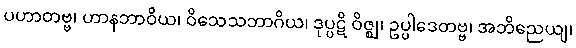
ပဟာတဗ္ဗ၊ ဟာနဘာဝိယ၊ ဝိသေသဘာဂိယ၊ ဒုပ္ပဋိ ဝိဇ္ဈ၊ ဥပ္ပါဒေတဗ္ဗ၊ အဘိညေယျ၊